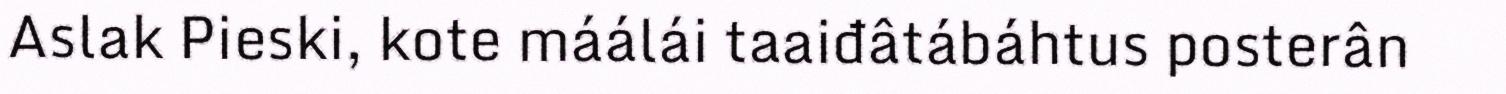
Aslak Pieski, kote máálái taaiđâtábáhtus posterân